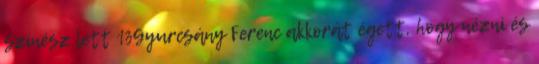
színész lett 13Gyurcsány Ferenc akkorát égett, hogy nézni és